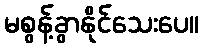
မစွန့်ခွာနိုင်သေးပေ။